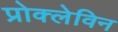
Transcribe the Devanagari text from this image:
प्रोक्लेविन